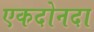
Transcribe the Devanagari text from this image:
एकदोनदा